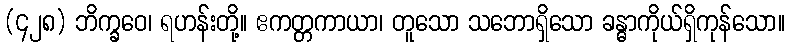
(၄၂၈) ဘိက္ခဝေ၊ ရဟန်းတို့။ ဧကတ္တကာယာ၊ တူသော သဘောရှိသော ခန္ဓာကိုယ်ရှိကုန်သော။